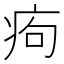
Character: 痀